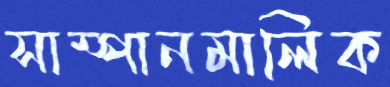
সাম্পানমালিক